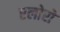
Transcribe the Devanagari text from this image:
एलोरो